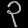
Digit: ၃